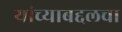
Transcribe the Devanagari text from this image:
यांच्याबद्दलचा